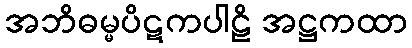
အဘိဓမ္မပိဋကပါဠိ အဋ္ဌကထာ